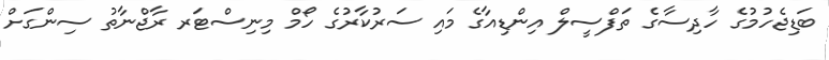
ބަޑިޖެހުމުގެ ހާދިސާގެ ތަފްސީލް އިންޑިއާގެ މައި ސަރުކާރުގެ ހޯމް މިނިސްޓަރ ރާޖްނާތު ސިންގަށް